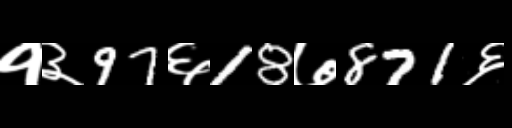
Text: १३97६18७871६